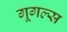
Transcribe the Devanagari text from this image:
गूगल्स